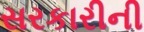
સરકારીની